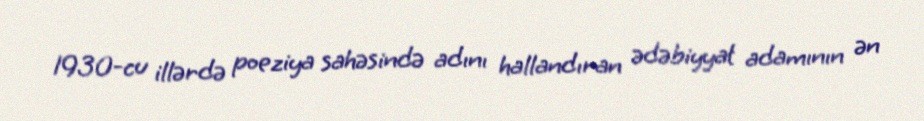
1930-cu illərdə poeziya sahəsində adını hallandıran ədəbiyyat adamının ən